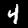
Digit: 4